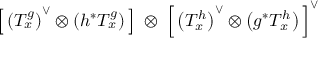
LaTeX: \left[ \, \left( T _ { x } ^ { g } \right) ^ { \vee } \otimes \left( h ^ { * } T _ { x } ^ { g } \right) \, \right] \: \otimes \: \left[ \, \left( T _ { x } ^ { h } \right) ^ { \vee } \otimes \left( g ^ { * } T _ { x } ^ { h } \right) \, \right] ^ { \vee }